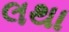
લથા